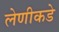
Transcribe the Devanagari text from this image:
लेणीकडे